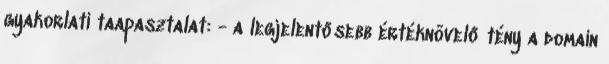
gyakorlati taapasztalat: - a legjelentősebb értéknövelő tény a domain